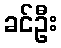
ခင်ဦး